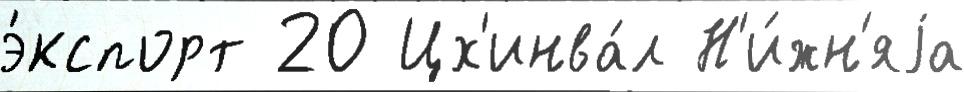
э́кспорт 20 Цх'инва́л Н'и́жн'яjа